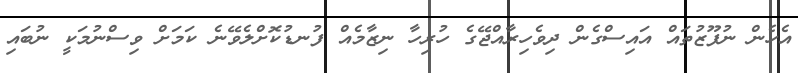
އެހެން ނުފޫޒުތައް އައިސްގެން ދިވެހިރާއްޖޭގެ ހުރިހާ ނިޒާމެއް ފުނޑުކޮށްލެވޭނެ ކަމަށް ވިސްނުމަކީ ނުބައި